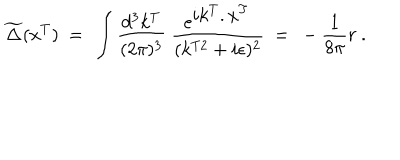
LaTeX: \widetilde \Delta ( x ^ { T } ) \ = \ \int \frac { d ^ { 3 } k ^ { T } } { ( 2 \pi ) ^ { 3 } } \ \frac { e ^ { { \displaystyle i k ^ { T } . x ^ { T } } } } { ( k ^ { T 2 } + i \epsilon ) ^ { 2 } } \ = \ - \frac { 1 } { 8 \pi } r \ .